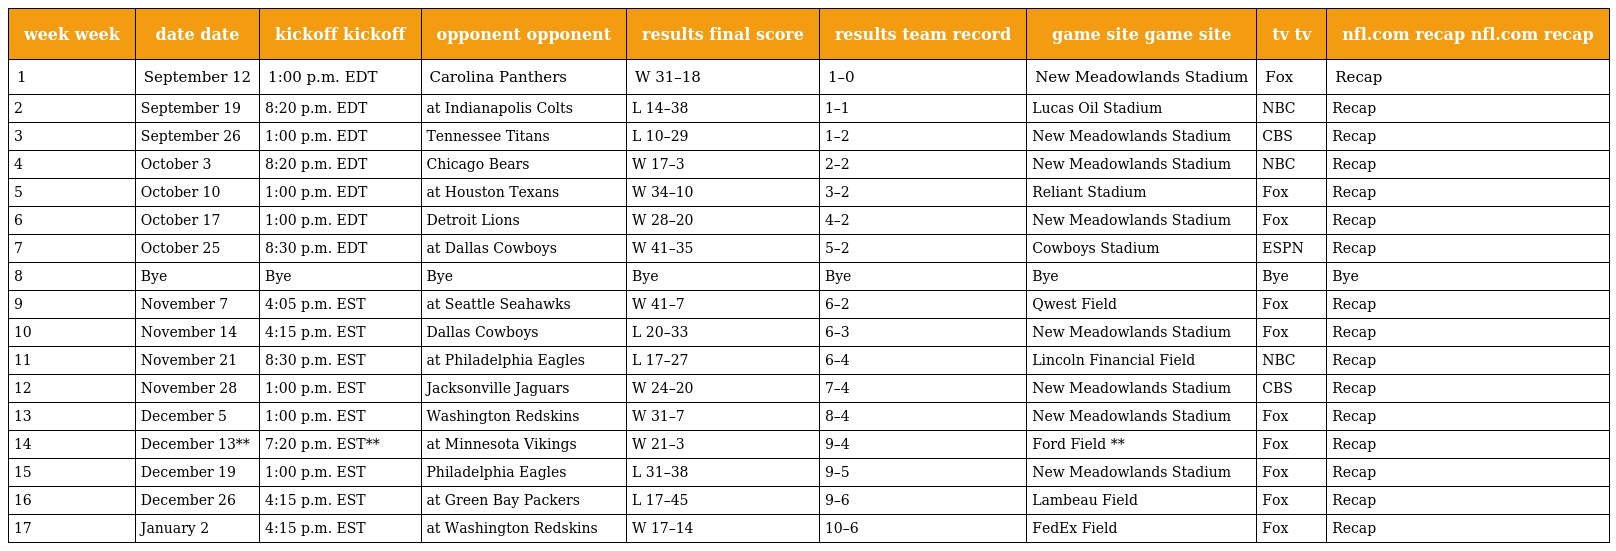
| week week | date date | kickoff kickoff | opponent opponent | results final score | results team record | game site game site | tv tv | nfl.com recap nfl.com recap |
 | --- | --- | --- | --- | --- | --- | --- | --- | --- |
 | 1 | September 12 | 1:00 p.m. EDT | Carolina Panthers | W 31–18 | 1–0 | New Meadowlands Stadium | Fox | Recap |
 | 2 | September 19 | 8:20 p.m. EDT | at Indianapolis Colts | L 14–38 | 1–1 | Lucas Oil Stadium | NBC | Recap |
 | 3 | September 26 | 1:00 p.m. EDT | Tennessee Titans | L 10–29 | 1–2 | New Meadowlands Stadium | CBS | Recap |
 | 4 | October 3 | 8:20 p.m. EDT | Chicago Bears | W 17–3 | 2–2 | New Meadowlands Stadium | NBC | Recap |
 | 5 | October 10 | 1:00 p.m. EDT | at Houston Texans | W 34–10 | 3–2 | Reliant Stadium | Fox | Recap |
 | 6 | October 17 | 1:00 p.m. EDT | Detroit Lions | W 28–20 | 4–2 | New Meadowlands Stadium | Fox | Recap |
 | 7 | October 25 | 8:30 p.m. EDT | at Dallas Cowboys | W 41–35 | 5–2 | Cowboys Stadium | ESPN | Recap |
 | 8 | Bye | Bye | Bye | Bye | Bye | Bye | Bye | Bye |
 | 9 | November 7 | 4:05 p.m. EST | at Seattle Seahawks | W 41–7 | 6–2 | Qwest Field | Fox | Recap |
 | 10 | November 14 | 4:15 p.m. EST | Dallas Cowboys | L 20–33 | 6–3 | New Meadowlands Stadium | Fox | Recap |
 | 11 | November 21 | 8:30 p.m. EST | at Philadelphia Eagles | L 17–27 | 6–4 | Lincoln Financial Field | NBC | Recap |
 | 12 | November 28 | 1:00 p.m. EST | Jacksonville Jaguars | W 24–20 | 7–4 | New Meadowlands Stadium | CBS | Recap |
 | 13 | December 5 | 1:00 p.m. EST | Washington Redskins | W 31–7 | 8–4 | New Meadowlands Stadium | Fox | Recap |
 | 14 | December 13** | 7:20 p.m. EST** | at Minnesota Vikings | W 21–3 | 9–4 | Ford Field ** | Fox | Recap |
 | 15 | December 19 | 1:00 p.m. EST | Philadelphia Eagles | L 31–38 | 9–5 | New Meadowlands Stadium | Fox | Recap |
 | 16 | December 26 | 4:15 p.m. EST | at Green Bay Packers | L 17–45 | 9–6 | Lambeau Field | Fox | Recap |
 | 17 | January 2 | 4:15 p.m. EST | at Washington Redskins | W 17–14 | 10–6 | FedEx Field | Fox | Recap |